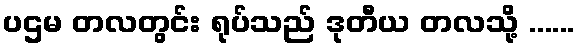
ပဌမ တလတွင်း ရုပ်သည် ဒုတီယ တလသို့ ......